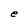
Character: e